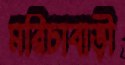
মরিচাবাড়ী